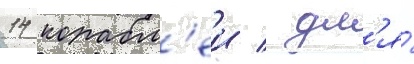
14 корабл'еи / дл'я́